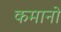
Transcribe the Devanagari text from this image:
कमानो